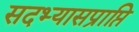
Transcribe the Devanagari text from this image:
सदभ्यासप्राप्ति